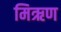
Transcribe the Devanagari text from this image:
मिऋण